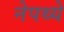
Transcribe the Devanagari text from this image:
नेपथ्ये